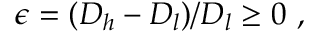
\epsilon = ( D _ { h } - D _ { l } ) / D _ { l } \geq 0 \ ,